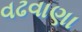
વઢવાણા